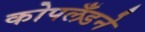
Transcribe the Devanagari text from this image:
कोपलँडने